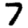
Digit: 7